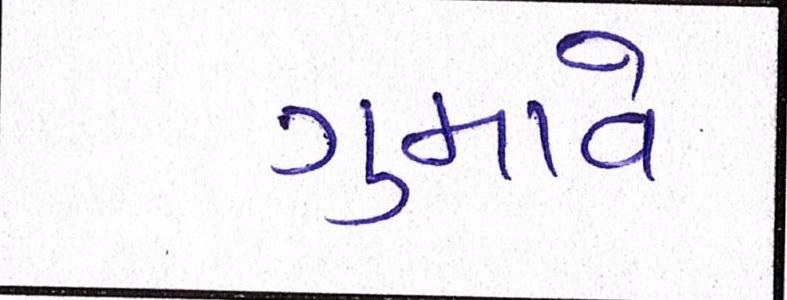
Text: ગુમાવે